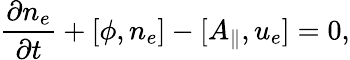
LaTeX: \frac{\partial n_{e}}{\partial t}+[\phi,n_{e}]-[A_{\parallel},u_{e}]=0,